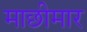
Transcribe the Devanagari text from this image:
माछीमार